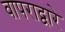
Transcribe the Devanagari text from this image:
वापराद्वारे